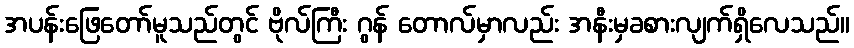
အပန်းဖြေတော်မူသည်တွင် ဗိုလ်ကြီး ဂွန် တောလ်မှာလည်း အနီးမှခစားလျက်ရှိလေသည်။